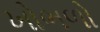
ખોભળો